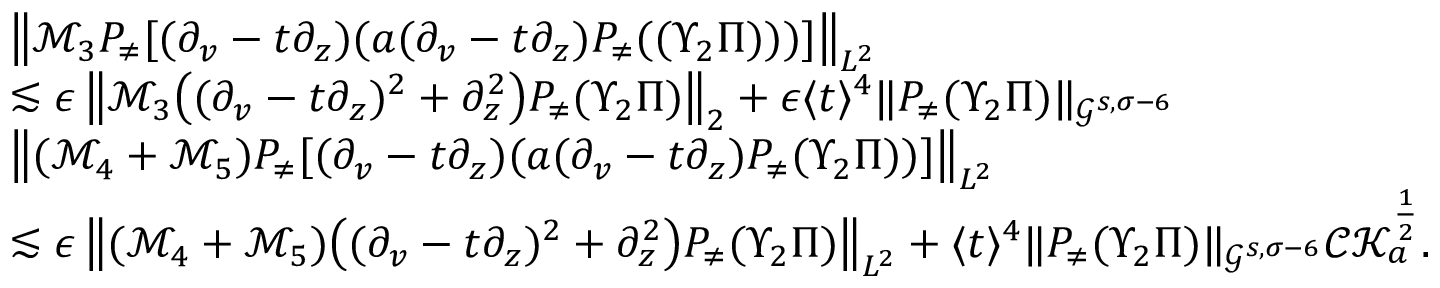
\begin{array} { r l } & { \left\| \mathcal { M } _ { 3 } P _ { \neq } [ ( \partial _ { v } - t \partial _ { z } ) ( a ( \partial _ { v } - t \partial _ { z } ) P _ { \neq } ( ( \Upsilon _ { 2 } \Pi ) ) ) ] \right\| _ { L ^ { 2 } } } \\ & { \lesssim \epsilon \left\| \mathcal { M } _ { 3 } \big ( ( \partial _ { v } - t \partial _ { z } ) ^ { 2 } + \partial _ { z } ^ { 2 } \big ) P _ { \neq } ( \Upsilon _ { 2 } \Pi ) \right\| _ { 2 } + \epsilon \langle t \rangle ^ { 4 } \| P _ { \neq } ( \Upsilon _ { 2 } \Pi ) \| _ { \mathcal { G } ^ { s , \sigma - 6 } } } \\ & { \left\| ( \mathcal { M } _ { 4 } + \mathcal { M } _ { 5 } ) P _ { \neq } [ ( \partial _ { v } - t \partial _ { z } ) ( a ( \partial _ { v } - t \partial _ { z } ) P _ { \neq } ( \Upsilon _ { 2 } \Pi ) ) ] \right\| _ { L ^ { 2 } } } \\ & { \lesssim \epsilon \left\| ( \mathcal { M } _ { 4 } + \mathcal { M } _ { 5 } ) \big ( ( \partial _ { v } - t \partial _ { z } ) ^ { 2 } + \partial _ { z } ^ { 2 } \big ) P _ { \neq } ( \Upsilon _ { 2 } \Pi ) \right\| _ { L ^ { 2 } } + \langle t \rangle ^ { 4 } \| P _ { \neq } ( \Upsilon _ { 2 } \Pi ) \| _ { \mathcal { G } ^ { s , \sigma - 6 } } \mathcal { C K } _ { a } ^ { \frac 1 2 } . } \end{array}